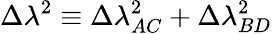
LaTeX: \Delta\lambda^{2}\equiv\Delta\lambda_{AC}^{2}+\Delta\lambda_{BD}^{2}